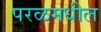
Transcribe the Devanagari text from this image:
परळमधील